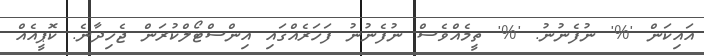
އައިކަން '%' ނުފެނުނު. '%' ތީމެއްވެސް ނުފެނުނު ފަހަރެއްގައި އިންސްޓޯލްކުރަން ޖެހިދާނެ. ކޮޕީއެއް